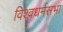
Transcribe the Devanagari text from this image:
विश्वधर्मसभा